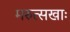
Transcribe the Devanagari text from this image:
मरुत्सखाः